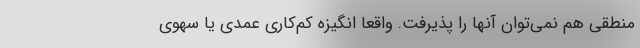
منطقی هم نمی‌توان آنها را پذیرفت. واقعا انگیزه کم‌کاری عمدی یا سهوی